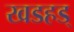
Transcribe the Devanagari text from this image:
खडहड्